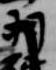
羽